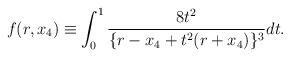
LaTeX: \begin{align*}f(r,x_4)\equiv\int_0^1\frac{8t^2}{\{r-x_4+t^2(r+x_4)\}^3}dt.\end{align*}